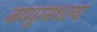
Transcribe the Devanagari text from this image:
जयपूरमधल्या